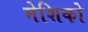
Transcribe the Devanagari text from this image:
मेशिको